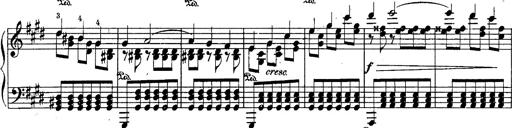
Title: Schubert's Impromptus [revised and edited by Franz Liszt]
Composer: Franz Liszt